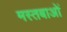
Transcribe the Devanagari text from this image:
मस्तबाओं